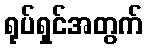
ရုပ်ရှင်အတွက်